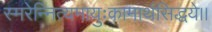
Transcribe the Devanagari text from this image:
स्मरेन्नित्यमायुःकामार्थसिद्धये।।